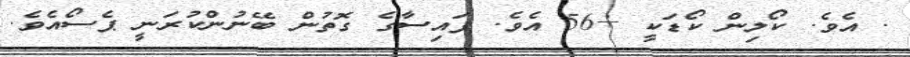
. އެވެ. ކޯލިން ކޯޑަކީ +56 އެވެ. ފައިސާގެ ގޮތުން ބޭނުންކުރަނީ ޕެސޯއެވެ.